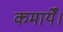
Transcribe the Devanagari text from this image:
कमायेँ।